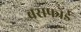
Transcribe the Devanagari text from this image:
बसफोर्ड